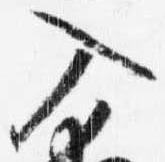
入